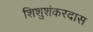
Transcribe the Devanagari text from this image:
शिशुशंकरदास